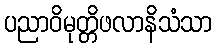
ပညာဝိမုတ္တိဖလာနိသံသာ